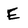
Character: E